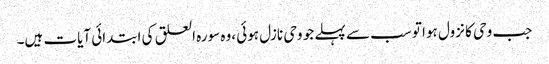
جب وحی کا نزول ہوا تو سب سے پہلے جو وحی نازل ہوئی ،وہ سورہ العلق کی ابتدائی آیات ہیں۔